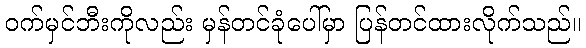
ဝက်မှင်ဘီးကိုလည်း မှန်တင်ခုံပေါ်မှာ ပြန်တင်ထားလိုက်သည်။